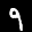
Label: 9